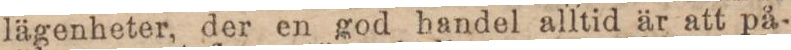
lägenheter, der en god handel alltid är att på-